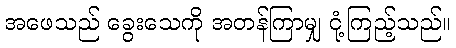
အဖေသည် ခွေးသေကို အတန်ကြာမျှ ငုံ့ကြည့်သည်။